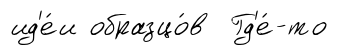
ид'е́и образцо́в Гд'е́-то